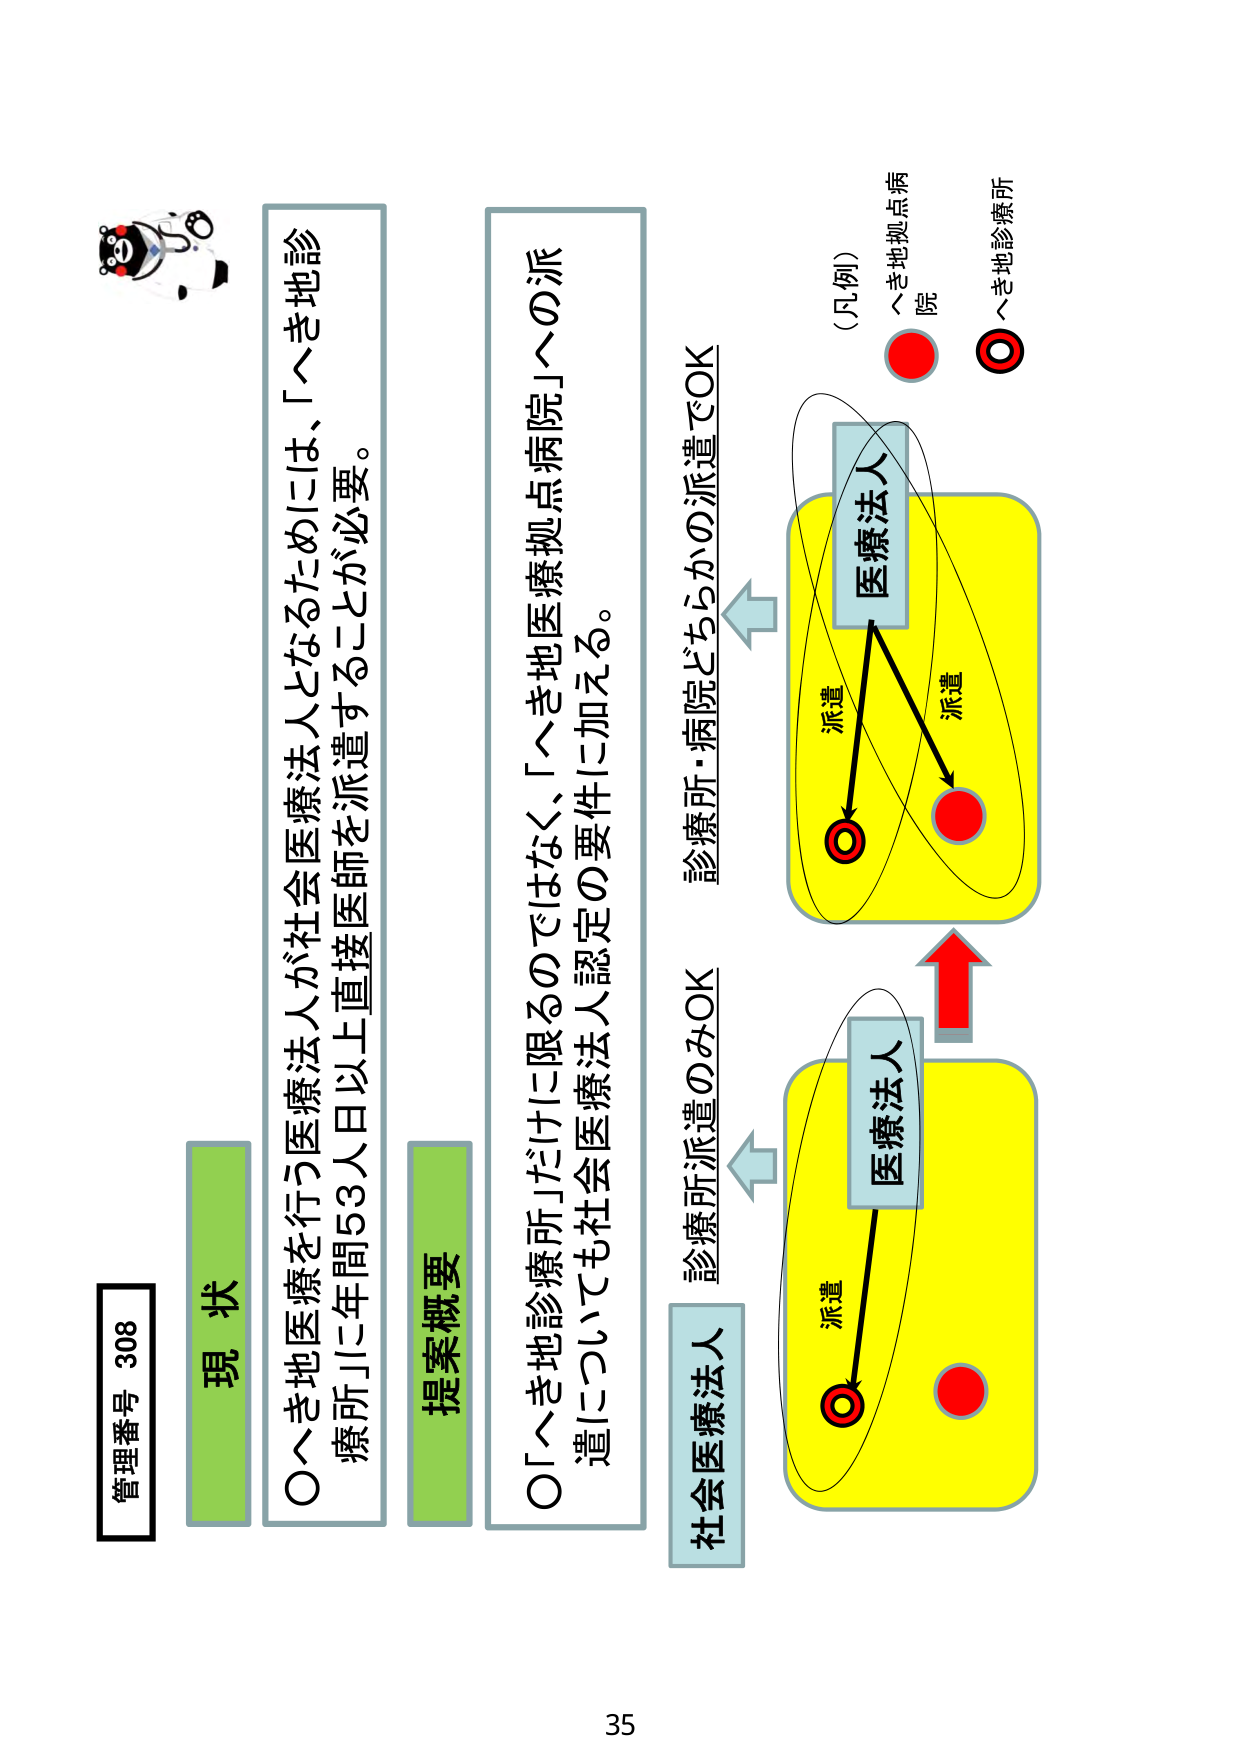
管理番号 308
現 状
〇へき地医療を行う医療法人が社会医療法人となるためには、「へき地診療所」に年間53人日以上直接医師を派遣することが必要。
提案概要
〇「へき地診療所」だけに限るのではなく、「へき地医療拠点病院」への派遣についても社会医療法人認定の要件に加える。
社会医療法人
診療所派遣のみOK
診療所・病院どちらかの派遣でOK
医療法人
医療法人
派遣
派遣
派遣
（凡例）
へき地拠点病院
へき地診療所
35